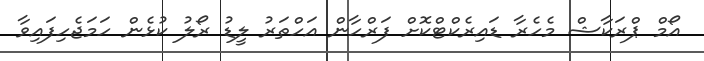
އޯމް ޕްރަކާޝް މެހެރާ ޑައިރެކްޓްކޮށް ފަރްހާން އަހްތަރު ލީޑު ރޯލު ކުޅެން ހަމަޖެހިފައިވާ